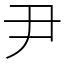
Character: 尹